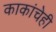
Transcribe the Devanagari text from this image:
काकांचेही